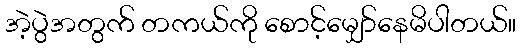
အဲ့ပွဲအတွက် တကယ်ကို စောင့်မျှော်နေမိပါတယ်။